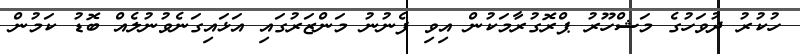
ހުކުރު ދުވަހުގެ މަޝްހޫރު ޕްރޮގުރާމަކުން އިވި ފެނުނު މަންޒަރުގައި އަޅައިގަނެވުނުލެއް ބޮޑު ކަމުން